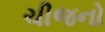
ચીજનો